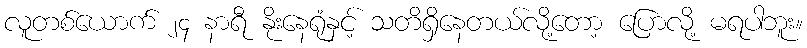
လူတစ်ယောက် ၂၄ နာရီ နိုးနေရုံနှင့် သတိရှိနေတယ်လို့တော့ ပြောလို့ မရပါဘူး။